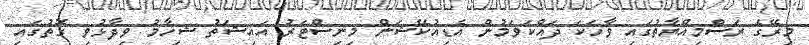
މިރޭގެ ރަސްމިއްޔާތުގައި ވާހަކަ ދައްކަވަމުން އެޑިއުކޭޝަން މިނިސްޓަރު އައިޝަތު ޝިހާމު ވިދާޅުވި ގޮތުގައި